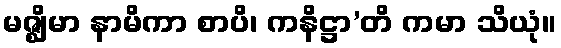
မဇ္ဈိမာ နာမိကာ စာပိ၊ ကနိဋ္ဌာ’တိ ကမာ သိယုံ။